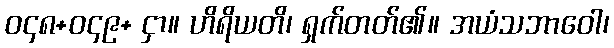
ဝ၄၈+ဝ၄၉+ ငှာ။ ဟိရိယတိ၊ ရှက်တတ်၏။ အယံသဘာဝေါ၊